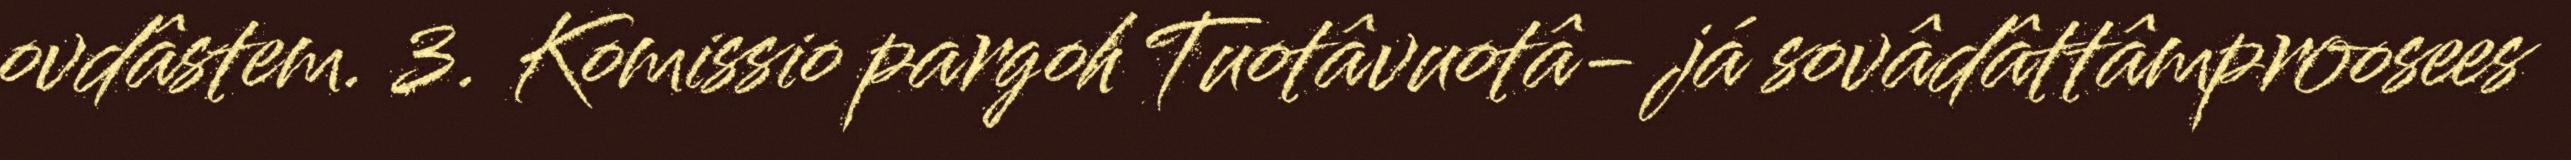
ovdâstem. 3. Komissio pargoh Tuotâvuotâ- já sovâdâttâmproosees